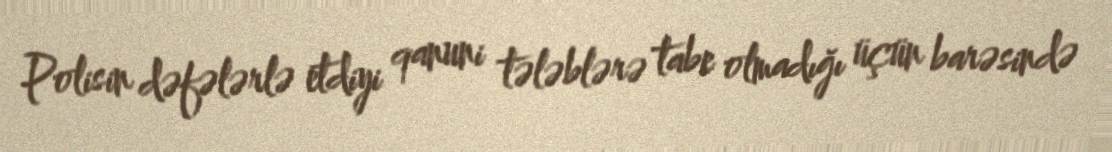
Polisin dəfələrlə etdiyi qanuni tələblərə tabe olmadığı üçün barəsində